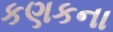
કણકના